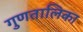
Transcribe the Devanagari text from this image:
गुणतालिका